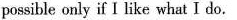
possible only if I like what I do.